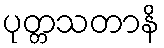
ပုတ္တသတာနိ